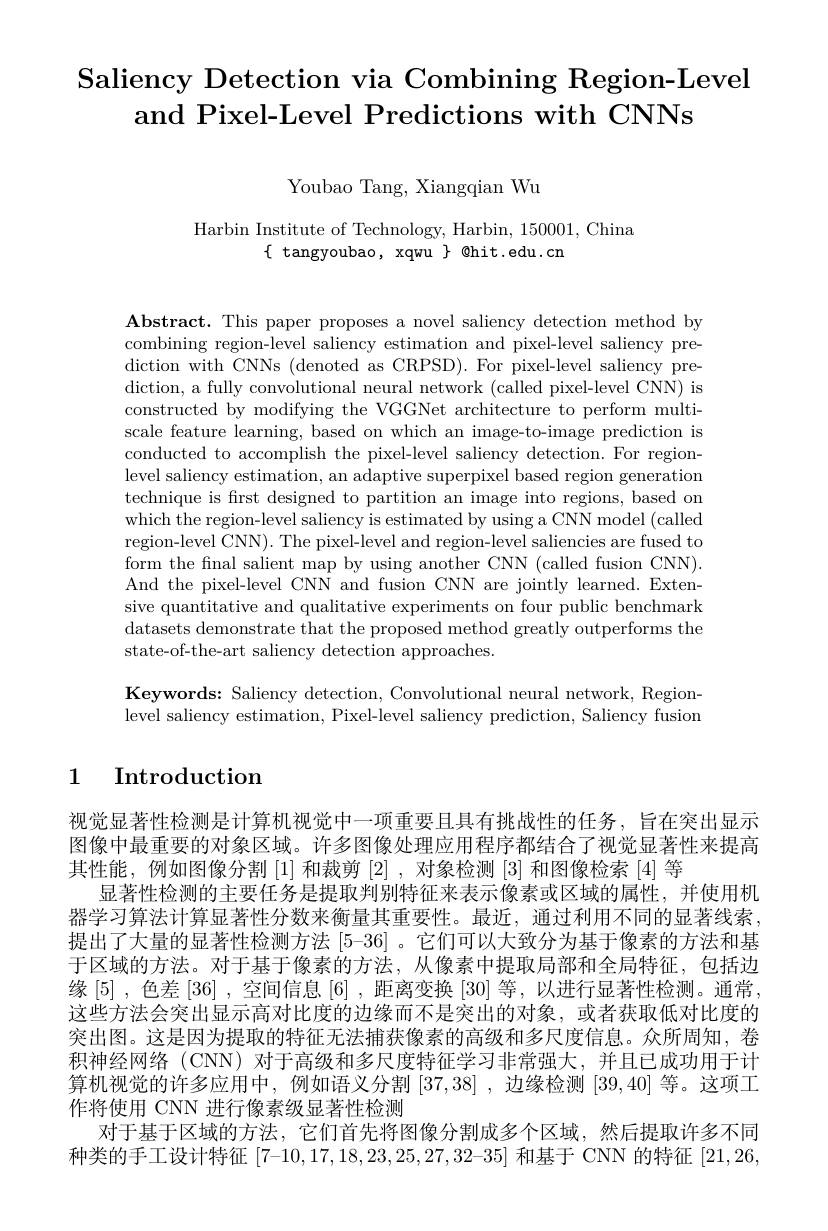
# Saliency Detection via Combining Region-Level and Pixel-Level Predictions with CNNs

Youbao Tang, Xiangqian Wu

Harbin Institute of Technology, Harbin, 150001, China
$\{$ tangyoubao, xqwu $\}$ @hit.edu.cn

$\mathbf{Abstract.~This~paper~proposes~a~novel~saliency~detection~method~by}$ combining region-level saliency estimation and pixel-level saliency prediction with CNNs (denoted as CRPSD). For pixel-level saliency prediction, a fully convolutional neural network (called pixel-level CNN) is constructed by modifying the VGGNet architecture to perform multiscale feature learning, based on which an image-to-image prediction is conducted to accomplish the pixel-level saliency detection. For regionlevel saliency estimation, an adaptive superpixel based region generation technique is first designed to partition an image into regions, based on which the region-level saliency is estimated by using a CNN model (called region-level CNN). The pixel-level and region-level saliencies are fused to form the final salient map by using another CNN (called fusion CNN). And the pixel-level CNN and fusion CNN are jointly learned. Extensive quantitative and qualitative experiments on four public benchmark datasets demonstrate that the proposed method greatly outperforms the state-of-the-art saliency detection approaches.

Keywords: Saliency detection, Convolutional neural network, Regionlevel saliency estimation, Pixel-level saliency prediction, Saliency fusion

# 1 Introduction

视觉显著性检测是计算机视觉中一项重要且具有挑战性的任务，旨在突出显示图像中最重要的对象区域。许多图像处理应用程序都结合了视觉显著性来提高其性能，例如图像分割[1] 和裁剪[2] ,对象检测[3]和图像检索 [4] 等
显著性检测的主要任务是提取判别特征来表示像素或区域的属性，并使用机器学习算法计算显著性分数来衡量其重要性。最近，通过利用不同的显著线索提出了大量的显著性检测方法 [5-36] 。它们可以大致分为基于像素的方法和基于区域的方法。对于基于像素的方法，从像素中提取局部和全局特征，包括边缘[5] ,色差 [36] ,空间信息 [6] ,距离变换 [30] 等，以进行显著性检测。通常这些方法会突出显示高对比度的边缘而不是突出的对象，或者获取低对比度的突出图。这是因为提取的特征无法捕获像素的高级和多尺度信息。众所周知，卷积神经网络(CNN) 对于高级和多尺度特征学习非常强大，并且已成功用于计算机视觉的许多应用中，例如语义分割[37,38] ,边缘检测[39,40]等。这项工作将使用 CNN 进行像素级显著性检测
对于基于区域的方法，它们首先将图像分割成多个区域，然后提取许多不同